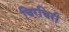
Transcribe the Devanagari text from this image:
चिरचिरी